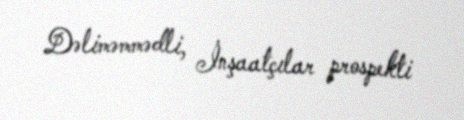
Dəliməmmədli, İnşaatçılar prospekti